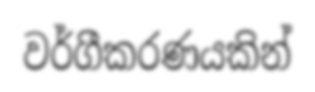
වර්ගීකරණයකින්